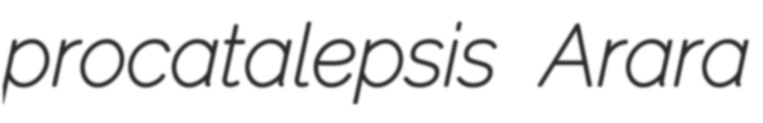
procatalepsis Arara